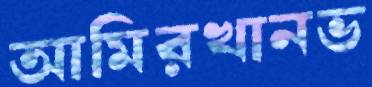
আমিরখানভ